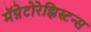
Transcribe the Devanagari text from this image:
मॅग्नेटोरेझिस्टन्स